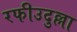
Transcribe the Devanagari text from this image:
रफीउदुल्ला